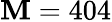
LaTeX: \mathbf{M}=404